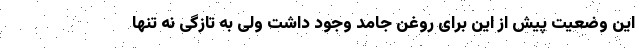
این وضعیت پیش از این برای روغن جامد وجود داشت ولی به تازگی نه تنها